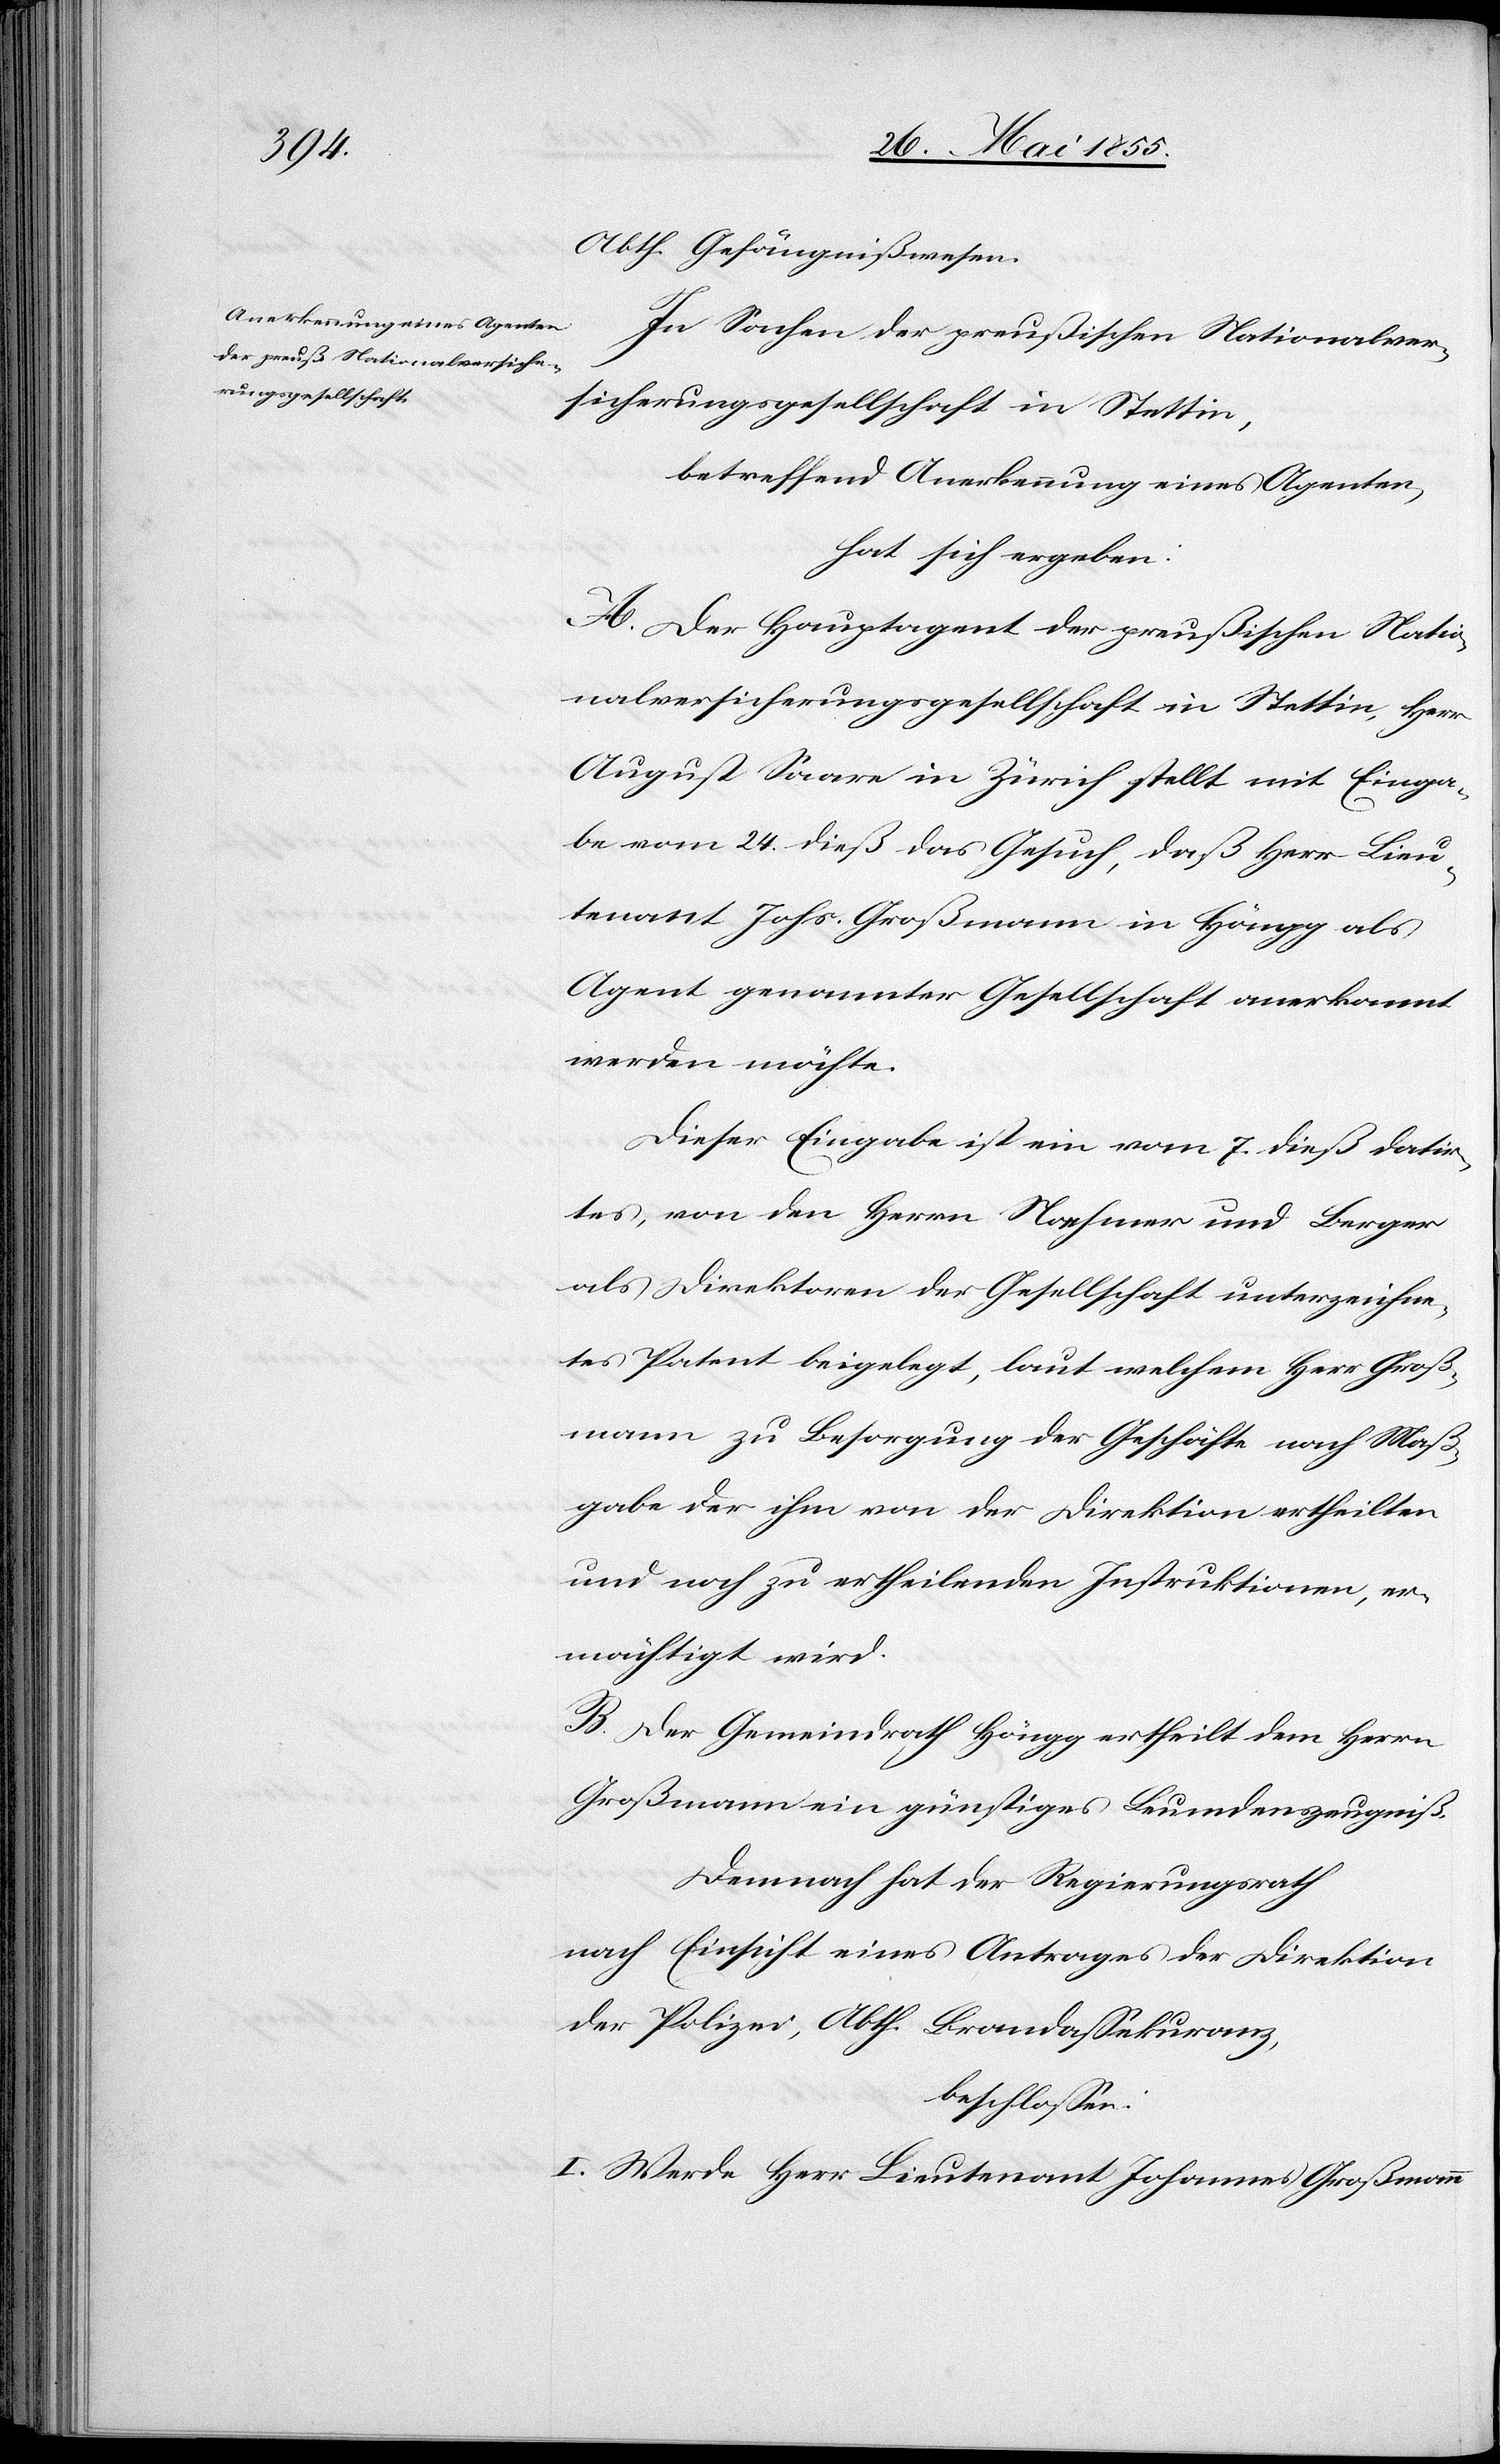
Abth. Gefängnißwesen.
In Sachen der preußischen Nationalver¬
sicherungsgesellschaft in Stettin,
betreffend Anerkennung eines Agenten,
hat sich ergeben:
A. Der Hauptagent der preußischen Natio¬
nalversicherungsgesellschaft in Stettin, Herr
August Saare in Zürich stellt mit Einga¬
be vom 24. dieß das Gesuch, daß Herr Lieu¬
tenant Johs. Großmann in Höngg als
Agent genannter Gesellschaft anerkannt
werden möchte.
Dieser Eingabe ist ein vom 7. dieß datir¬
tes, von den Herrn Noehmer u. Berger
als Direktoren der Gesellschaft unterzeichne¬
tes Patent beigelegt, laut welchem Herr Groß¬
mann zu Besorgung der Geschäfte nach Maß¬
gabe der ihm von der Direktion ertheilten
und noch zu ertheilenden Instruktionen, er¬
mächtigt wird.
B. Der Gemeindrath Höngg ertheilt dem Herrn
Großmann ein günstiges Leumdenszeugniß.
Demnach hat der Regierungsrath
nach Einsicht eines Antrages der Direktion
der Polizei, Abth. Brandassekuranz,
beschlossen:
I. Werde Herr Lieutenant Johannes Großmann